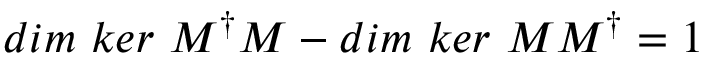
d i m \ k e r \ M ^ { \dagger } M - d i m \ k e r \ M M ^ { \dagger } = 1